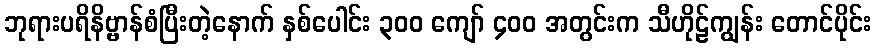
ဘုရားပရိနိဗ္ဗာန်စံပြီးတဲ့နောက် နှစ်ပေါင်း ၃၀၀ ကျော် ၄၀၀ အတွင်းက သီဟိုဠ်ကျွန်း တောင်ပိုင်း